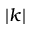
| k |